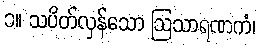
၁။ သပိတ်လှန်သော ဩသာရဏကံ၊